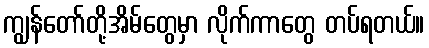
ကျွန်တော်တို့အိမ်တွေမှာ လိုက်ကာတွေ တပ်ရတယ်။